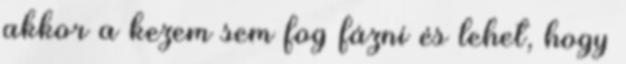
akkor a kezem sem fog fázni és lehet, hogy